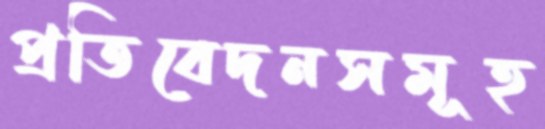
প্রতিবেদনসমূহ